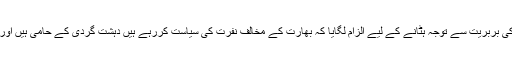
نریندر مودی نے کشمیر میں اپنی افواج کی بربریت سے توجہ ہٹانے کے لیے الزام لگایا کہ بھارت کے مخالف نفرت کی سیاست کررہے ہیں دہشت گردی کے حامی ہیں اور دہشت گردی کرنے والوں کو پالتے ہیں۔